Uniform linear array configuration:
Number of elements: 32
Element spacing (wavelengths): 0.75
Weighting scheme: uniform
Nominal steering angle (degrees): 30
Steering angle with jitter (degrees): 31.055
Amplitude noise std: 0.05
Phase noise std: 0.05

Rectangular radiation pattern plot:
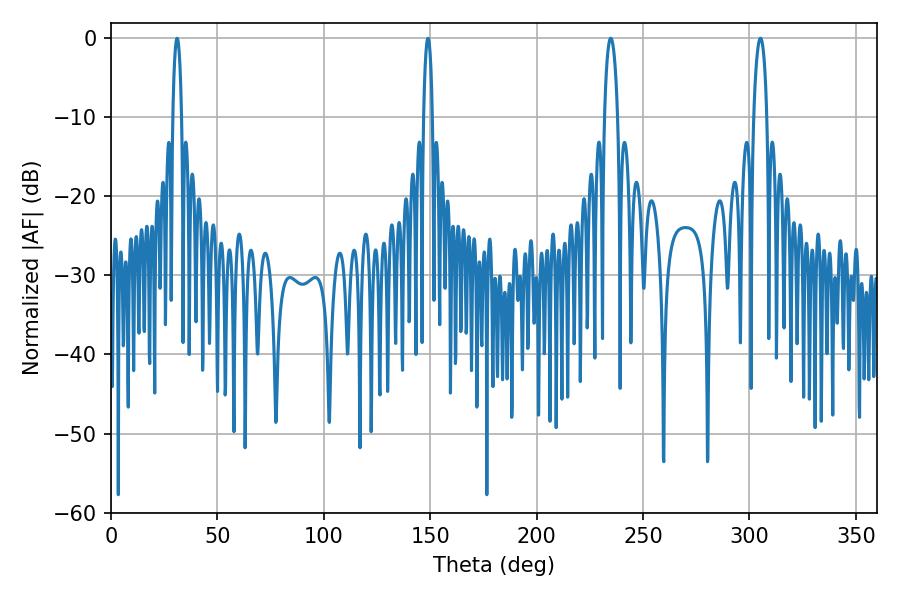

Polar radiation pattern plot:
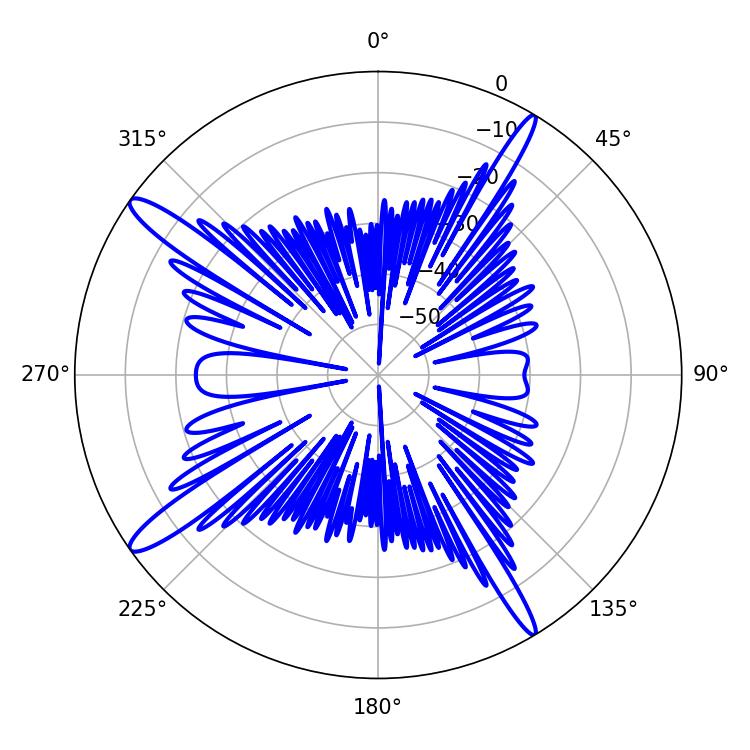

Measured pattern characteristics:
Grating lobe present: TRUE
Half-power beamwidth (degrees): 3.6
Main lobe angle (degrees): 234.9